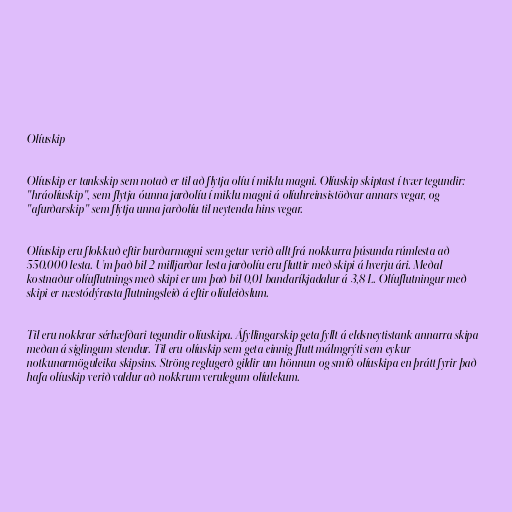
Olíuskip

Olíuskip er tankskip sem notað er til að flytja olíu í miklu magni. Olíuskip skiptast í tvær tegundir:
"hráolíuskip", sem flytja óunna jarðolíu í miklu magni á olíuhreinsistöðvar annars vegar, og
"afurðarskip" sem flytja unna jarðolíu til neytenda hins vegar.

Olíuskip eru flokkuð eftir burðarmagni sem getur verið allt frá nokkurra þúsunda rúmlesta að
550.000 lesta. Um það bil 2 milljarðar lesta jarðolíu eru fluttir með skipi á hverju ári. Meðal
kostnaður olíuflutnings með skipi er um það bil 0,01 bandaríkjadalur á 3,8 L. Olíuflutningur með
skipi er næstódýrasta flutningsleið á eftir olíuleiðslum.

Til eru nokkrar sérhæfðari tegundir olíuskipa. Áfyllingarskip geta fyllt á eldsneytistank annarra skipa
meðan á siglingum stendur. Til eru olíuskip sem geta einnig flutt málmgrýti sem eykur
notkunarmöguleika skipsins. Ströng reglugerð gildir um hönnun og smíð olíuskipa en þrátt fyrir það
hafa olíuskip verið valdur að nokkrum verulegum olíulekum.